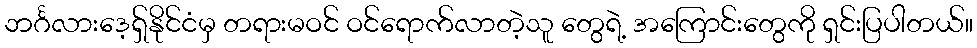
ဘင်္ဂလားဒေ့ရှ်နိုင်ငံမှ တရားမဝင် ဝင်ရောက်လာတဲ့သူ တွေရဲ့ အကြောင်းတွေကို ရှင်းပြပါတယ်။